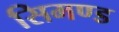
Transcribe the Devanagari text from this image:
सिमण्ड